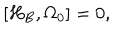
\left[ H _ { B } , \Omega _ { 0 } \right] = 0 ,